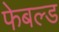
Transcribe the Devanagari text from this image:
फेबल्ड